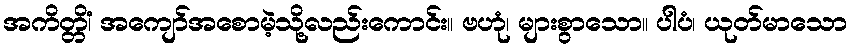
အကိတ္တိံ၊ အကျော်အစောမဲ့သို့လည်းကောင်း။ ဗဟုံ၊ များစွာသော။ ပါပံ၊ ယုတ်မာသော